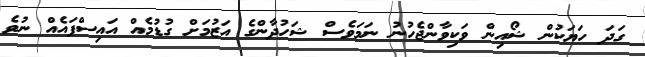
ގަދަ ހަޔަކުން ޝޯއިން ވަކިވާންޖެހުނު ނަމަވެސް ޝަހުދާންގެ އަޒުމަށް ގުޑުމެއް އައިސްފައެއް ނުވެ